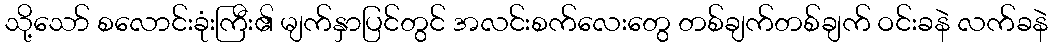
သို့သော် စလောင်းခုံးကြီး၏ မျက်နှာပြင်တွင် အလင်းစက်လေးတွေ တစ်ချက်တစ်ချက် ဝင်းခနဲ လက်ခနဲ